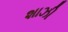
શાઝી